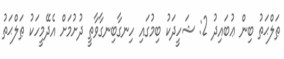
ޠަލްޙަތު ބިން ޢުބައިދު 2: ޝަހީދަކު ބިމުގައި ހިނގާބިނގާވާތީ ދުށުމަށް އެދޭމީހަކު ޠަލްޙަތު